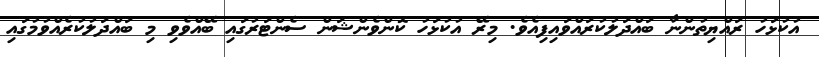
އުކުޅަހު ރައްޔިތުންނާ ބައްދަލުކުރައްވައިފިއެވެ. މިރޭ އުކުޅަހު ކޮންވެންޝަން ސެންޓަރުގައި ބޭއްވެވި މި ބައްދަލުކުރެއްވުމުގައި